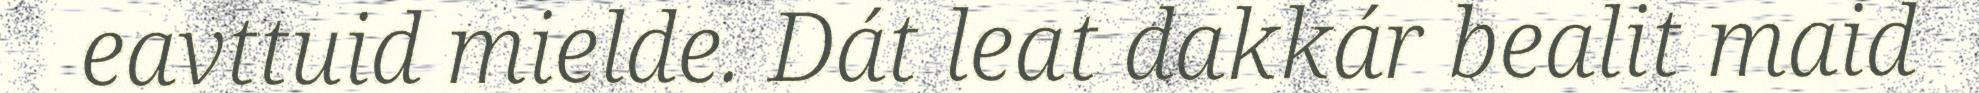
eavttuid mielde. Dát leat dakkár bealit maid